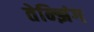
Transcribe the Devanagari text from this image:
तेन्झिंग